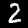
Label: 2